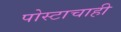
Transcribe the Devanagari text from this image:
पोस्टाचाही